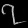
Digit: ၇